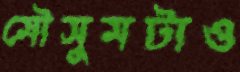
মৌসুমটাও